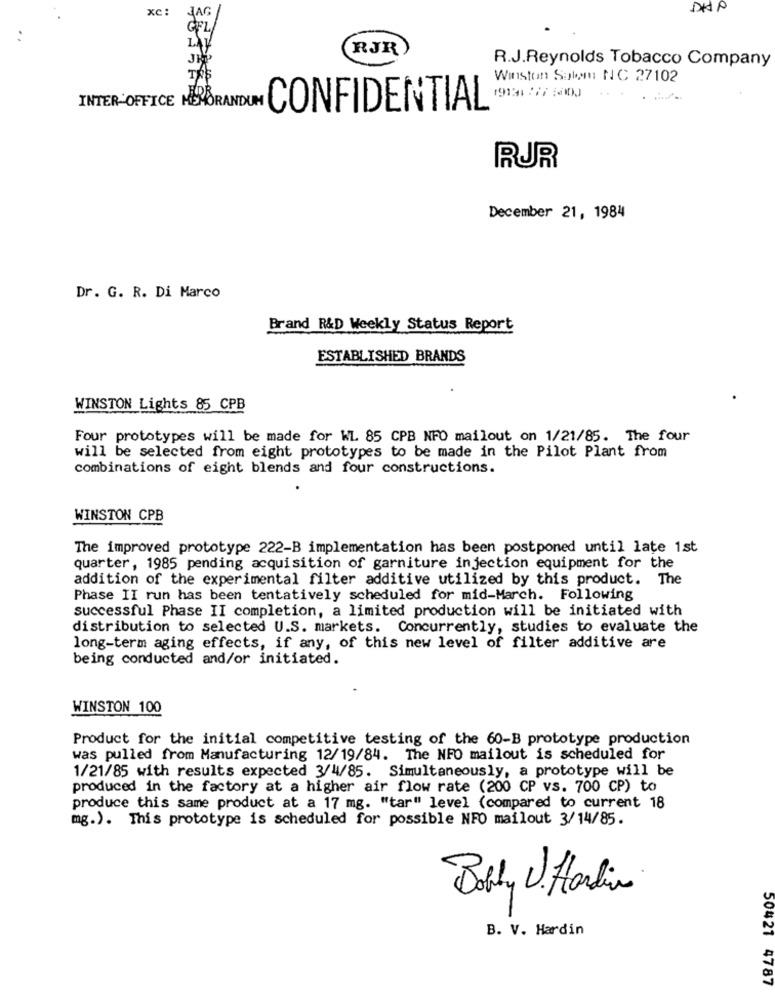
xc :
DHP
..
RJR
R.J.Reynolds Tobacco Company
Winston Salem NC 27102
INTER-OFFICE HERORANT
CONFIDENTIAL DEN
RUR
December 21, 1984
Dr. G. R. Di Marco
Brand R&D Weekly Status Report
ESTABLISHED BRANDS
WINSTON Lights 85 CPB
Four prototypes will be made for WL 85 CPB NFO mailout on 1/21/85. The four
will be selected from eight prototypes to be made in the Pilot Plant from
combinations of eight blends and four constructions.
WINSTON CPB
The improved prototype 222-B implementation has been postponed until late 1st
quarter, 1985 pending acquisition of garniture injection equipment for the
addition of the experimental filter additive utilized by this product. The
Phase II run has been tentatively scheduled for mid-March. Following
successful Phase II completion, a limited production will be initiated with
distribution to selected U.S. markets. Concurrently, studies to evaluate the
long-term aging effects, if any, of this new level of filter additive are
being conducted and/or initiated.
WINSTON 100
Product for the initial competitive testing of the 60-B prototype production
was pulled from Manufacturing 12/19/84. The NFO mailout is scheduled for
1/21/85 with results expected 3/4/85. Simultaneously, a prototype will be
produced in the factory at a higher air flow rate (200 CP vs. 700 CP) to
produce this same product at a 17 mg. "tar" level (compared to current 18
mg.). This prototype is scheduled for possible NFO mailout 3/14/85.
Bobby U. ffarlin
B. V. Hardin
50421 4787